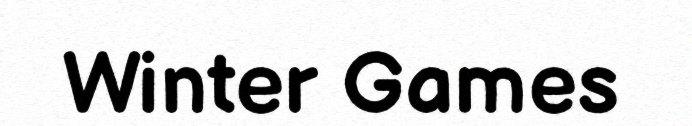
Winter Games